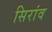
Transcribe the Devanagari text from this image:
सिरांव